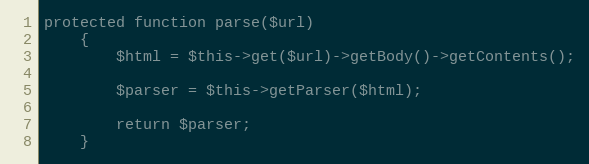
Language: PHP
protected function parse($url)
    {
        $html = $this->get($url)->getBody()->getContents();

        $parser = $this->getParser($html);

        return $parser;
    }